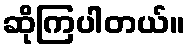
ဆိုကြပါတယ်။